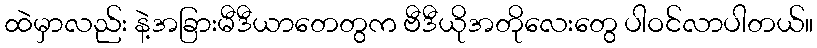
ထဲမှာလည်း နဲ့အခြားမီဒီယာတေတွက ဗီဒီယိုအတိုလေးတွေ ပါဝင်လာပါတယ်။